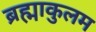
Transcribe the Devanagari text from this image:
ब्रह्माकुलम